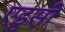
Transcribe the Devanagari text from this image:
एडुसी